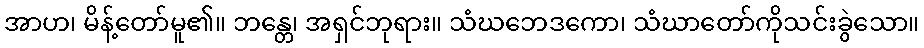
အာဟ၊ မိန့်တော်မူ၏။ ဘန္တေ၊ အရှင်ဘုရား။ သံဃဘေဒကော၊ သံဃာတော်ကိုသင်းခွဲသော။